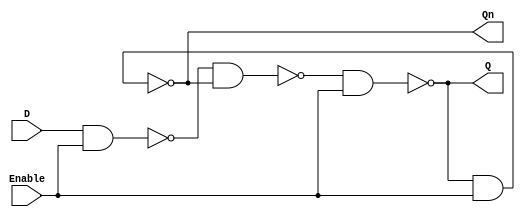
module LatchRegister (
    input wire D,            // Data input
    input wire Enable,       // Control signal (level-sensitive)
    output wire Q,          // Data output
    output wire Qn          // Inverted output (complement of Q)
);

// Internal signals for the latch
wire N1, N2;

// NAND gate implementation for a positive latch
nand (N1, D, Enable);
nand (N2, N1, Qn);
nand (Q, N2, Enable);
nand (Qn, Q, Enable);

endmodule